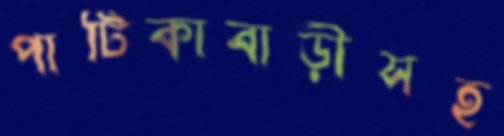
পাটিকাবাড়ীসহ